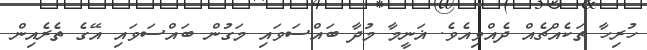
ހުރިހާ ތަކެއްޗެއް ދެއްވިއެވެ. ޣަނީމާ މުދާ ބައްސަވައި މަގުން ބައްސަވައި އޭގެ ތެރެއިން